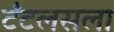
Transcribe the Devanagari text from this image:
टँटलसला